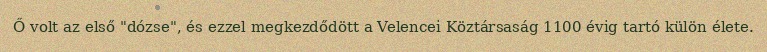
Ő volt az első "dózse", és ezzel megkezdődött a Velencei Köztársaság 1100 évig tartó külön élete.